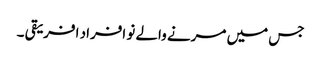
جس میں مرنے والے نو افراد افریقی ۔